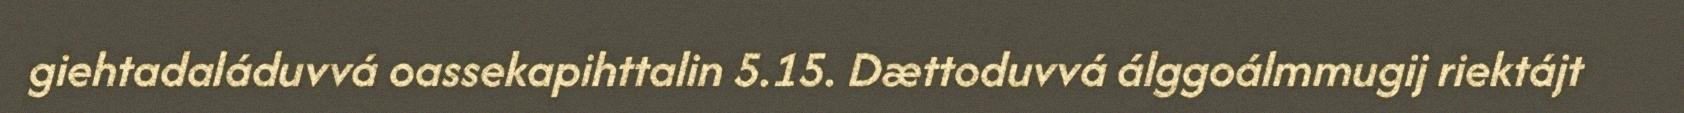
giehtadaláduvvá oassekapihttalin 5.15. Dættoduvvá álggoálmmugij riektájt